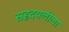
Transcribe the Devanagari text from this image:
सहृदयलीला